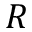
R